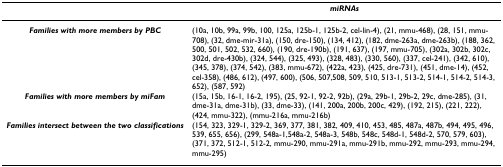
|  | miRNAs |
 | --- | --- |
 | Families with more members by PBC | (10a, 10b, 99a, 99b, 100, 125a, 125b-1, 125b-2, cel-lin-4), (21, mmu-468), (28, 151, mmu-708), (32, dme-mir-31a), (150, dre-150), (134, 412), (182, dme-263a, dme-263b), (188, 362, 500, 501, 502, 532, 660), (190, dre-190b), (191, 637), (197, mmu-705), (302a, 302b, 302c, 302d, dre-430b), (324, 544), (325, 493), (328, 483), (330, 560), (337, cel-241), (342, 610), (345, 378), (374, 542), (383, mmu-672), (422a, 423), (425, dre-731), (451, dme-14), (452, cel-358), (486, 612), (497, 600), (506, 507,508, 509, 510, 513-1, 513-2, 514-1, 514-2, 514-3, 652), (587, 592) |
 | Families with more members by miFam | (15a, 15b, 16-1, 16-2, 195), (25, 92-1, 92-2, 92b), (29a, 29b-1, 29b-2, 29c, dme-285), (31, dme-31a, dme-31b), (33, dme-33), (141, 200a, 200b, 200c, 429), (192, 215), (221, 222), (424, mmu-322), (mmu-216a, mmu-216b) |
 | Families intersect between the two classifications | (154, 323, 329-1, 329-2, 369, 377, 381, 382, 409, 410, 453, 485, 487a, 487b, 494, 495, 496, 539, 655, 656), (299, 548a-1,548a-2, 548a-3, 548b, 548c, 548d-1, 548d-2, 570, 579, 603), (371, 372, 512-1, 512-2, mmu-290, mmu-291a, mmu-291b, mmu-292, mmu-293, mmu-294, mmu-295) |